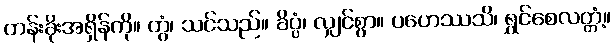
တန်းခိုးအရှိန်ကို။ တွံ၊ သင်သည်။ ခိပ္ပံ၊ လျှင်စွာ။ ပဟေဿသိ၊ ရွှင်စေလတ္တံ့။